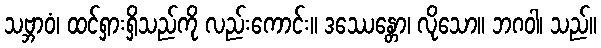
သဗ္ဘာဝံ၊ ထင်ရှားရှိသည်ကို လည်းကောင်း။ ဒဿေန္တော၊ လိုသော။ ဘဂဝါ၊ သည်။